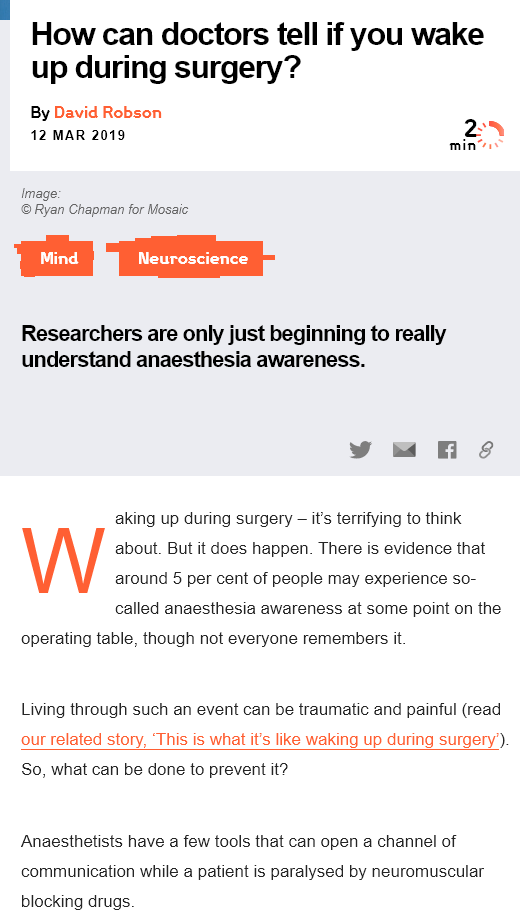
Researchers    are  only just beginning to   really
   understand    anaesthesia   awareness.
   Anaesthetists have a few tools that can open a channel of
   communication while a patient is paralysed by neuromuscular
   blocking drugs
     aking up during surgery
     —
     it’s terrifying to think
     about. But it does happen. There is evidence that
     around 5 per cent of people may experience so-
     called anaesthesia awareness at some point on the
   operating table, though not everyone remembers it
   Living through such an event can be traumatic and painful (read
   our related story, ‘This is what it's like waking up during surgery’)
   So, what can be done to prevent it?
     Lather   rtd its §
   Image.
   © Ryan Chapman for Mosaic
    By David Robson
    12 MAR 2019
    How    can    doctors    tell    if you    wake
    up    during    surgery?